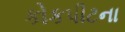
કોકપીટના